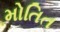
મોતિત